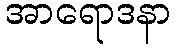
အာရောဒနာ